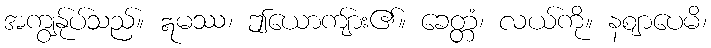
အကျွန်ုပ်သည်။ ဣမဿ၊ ဤယောကျ်ား၏။ ခေတ္တံ၊ လယ်ကို။ နဈာပေမိ၊